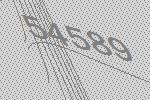
54589